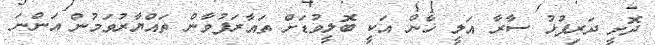
ދޮށީ ދަރިފުޅު ސާރާ އަލީ ޚާން އަކީ ބޮލީވުޑަށް ތައާރަފުވާން ތައްޔާރުވަމުން އަންނަ